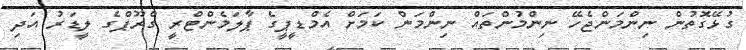
ގުޅޭގޮތުން ނިންމަންޖެހޭ ނިންމުންތައް ނިންމަން ކަމަށް އެމްޑީޕީގެ ޕާލަމެންޓްރީ ގްރޫޕްގެ ލީޑަރު އަދި